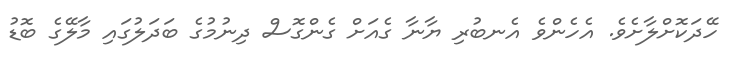
ހޭދަކޮށްލާށެވެ. އެހެންވެ އެނބުރި ޔާނާ ގެއަށް ގެންގޮސް ދިނުމުގެ ބަދަލުގައި މާލޭގެ ބޮޑު